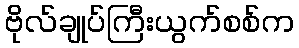
ဗိုလ်ချုပ်ကြီးယွက်စစ်က